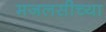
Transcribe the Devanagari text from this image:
मजलसीच्या